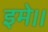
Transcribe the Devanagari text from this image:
इमे।।